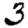
Digit: 3